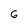
Character: 6